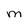
Character: M